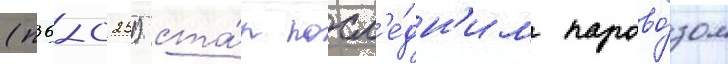
(п36-0251) ста́л посл'е́дн'им парово́зом